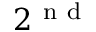
2 ^ { \mathrm { ~ n ~ d ~ } }